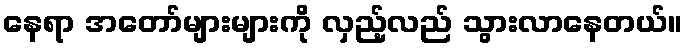
နေရာ အတော်များများကို လှည့်လည် သွားလာနေတယ်။